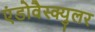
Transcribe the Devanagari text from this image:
एंडोवैस्क्युलर